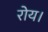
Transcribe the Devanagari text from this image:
रोय।